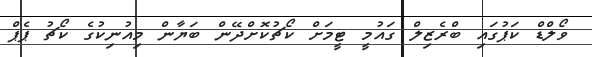
ވޯލްޑް ކަޕުގައި ބްރެޒިލް ގައުމީ ޓީމަށް ކޯޗުކޮށްދޭން ބަޔާން މިއުނިކުގެ ކޯޗު ޕެޕް